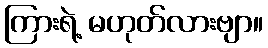
ကြားရဲ့ မဟုတ်လားဗျာ။